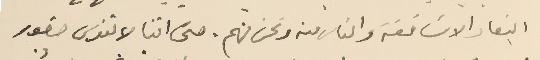
ابتعاد الاسَاقفة والناس منه ونحن منهم. حتى اننا لا ننوى حضور